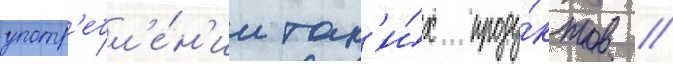
употр'ебл'е́н'ии так'и́х проду́ктов //